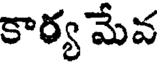
కార్య మేవ